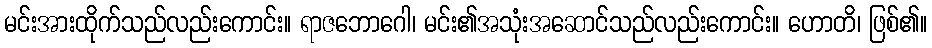
မင်းအားထိုက်သည်လည်းကောင်း။ ရာဇဘောဂေါ၊ မင်း၏အသုံးအဆောင်သည်လည်းကောင်း။ ဟောတိ၊ ဖြစ်၏။